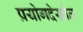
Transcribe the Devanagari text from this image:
प्रयोगदेखील